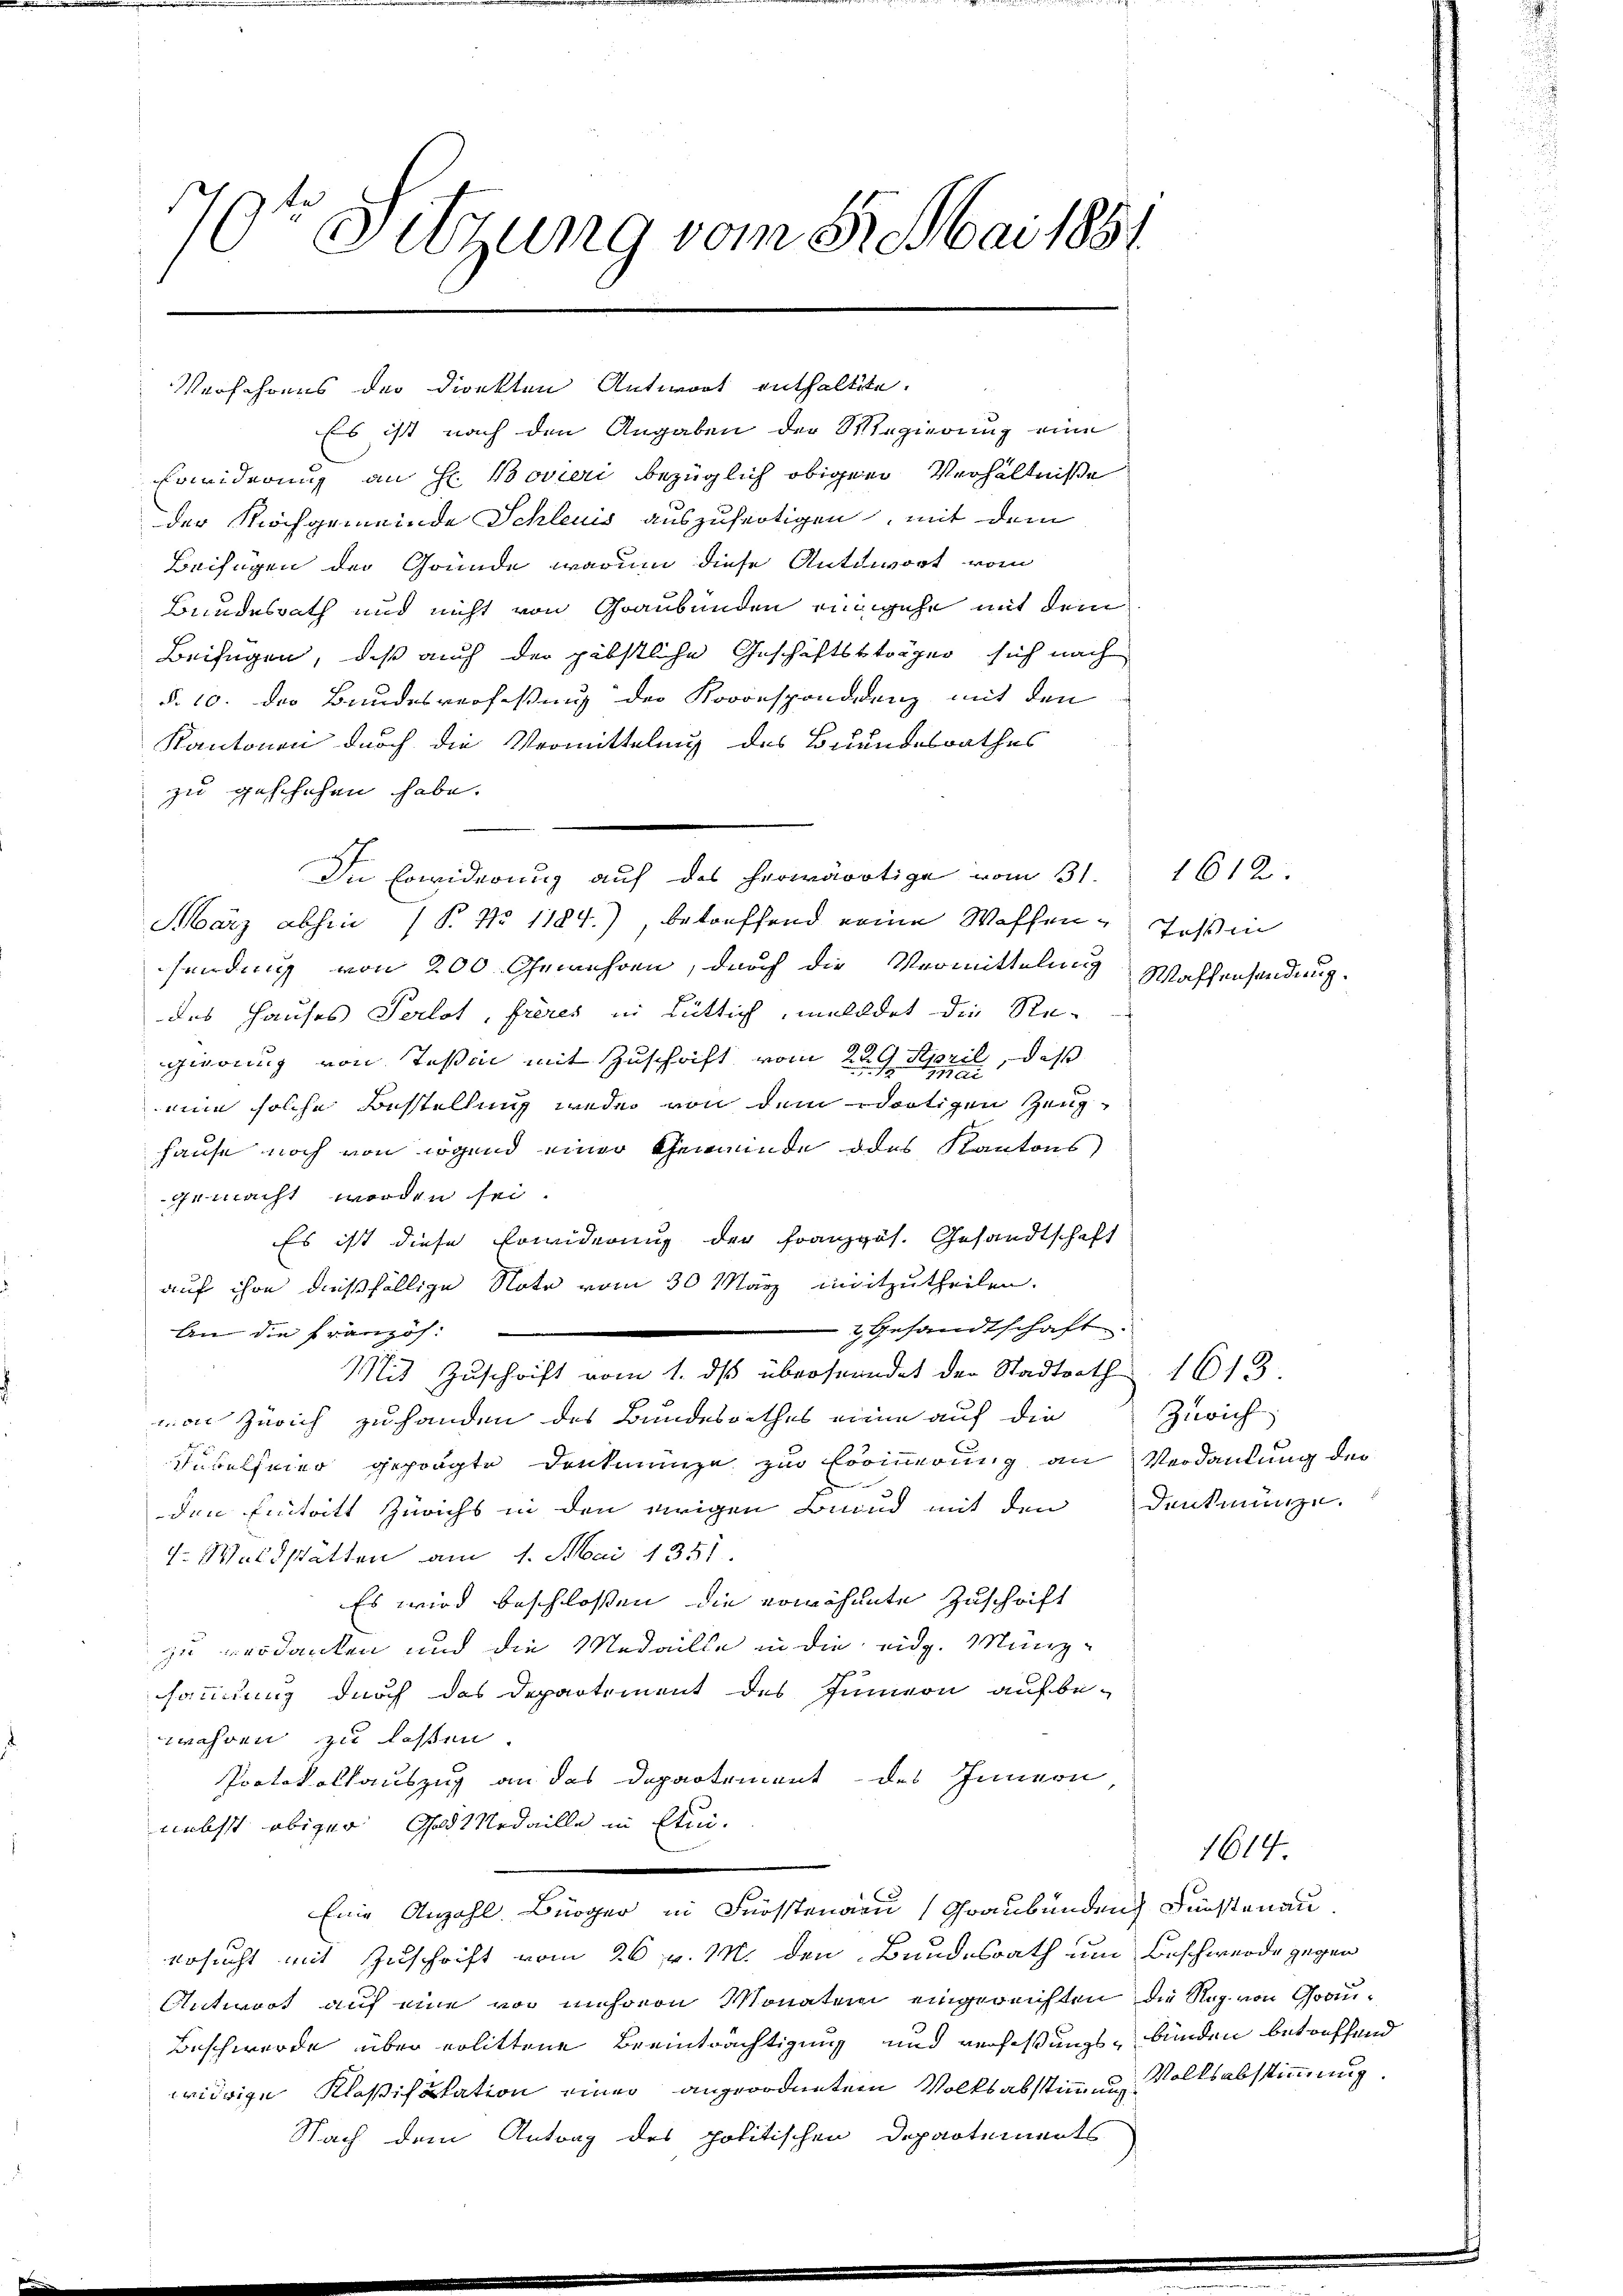
ai 1861
7r Sitzung vom 2.
Be
1

Verfahrens der Direkten Antwort enthaltete.
Es ist nach den Angaben der Regierung eine
Erwiderung an H. Bovieri bezüglich obiger Verhältniße
der Hochgemeinde Schleuis auszufertigen, mit dem
Beifügen der Gründe, warum diese Antwort vom
Bundesrath und nicht von Graubünden eingehe mit dem
Beifügen, daß auch der gibstliche Geschäftsträger sich nach
§. 10. des Bundesverfaßung der Korresponddenz mit den
Kantonen durch die Vermittelung des Bundesrathes
zu geschehen habe.
In Erwiderung auf das herwärtige vom 31.
März abhin 1 S. No 1184), betreffend eine Waffen, Teßin
sendung von 200 Gemehren, durch die Vermittelung Waffensendung.
des Hauses Perlot, frères in Lütlich, meldet die Re-
gierung von Teßin mit Zuschrift vom 29. April, daß
min solche Bestellung weder von dem dortigen Zeughause noch von irgend einer Gemeinde des Kantons
gemacht worden sei
Es ist diese Erwiderung der Französ. Gesandtschaft
auf ihre dießfällige Note vom 30 März mitzutheilen.
gGesandtschaft
An die Französ.
Mit Zŭschrift vom 1. dβ überstündet der Stadtrath 1613
von Zürich zu handen des Bundesrathes einen auf die
Jubelfeier geprägte Denkmünze zur Erinnerung an Verdankung der
den Eintritt Zürichs in den erigen Bund mit den Denkmünze
7. Waldstätten am 1. Mai 1351.
Es wird beschlossen, die erwähnete Zuschrift
zu verdanken und die Medaille in die eidg. Münzsammlung durch das Departement des Innern aufbe-
wahren zu laßen.
Protokollauszug an das Departement des Innern
nebst obiger Gold Medaille in Ein¬
Eine Anzahl Bürger in Frösstenau (Graubünden Fürstenau
ersucht mit Zuschrift vom 26. v. M. den Bundesrath um Beschwerde gegen
Antwort auf eine vor unseren Monaten eingereichten die Reg. von Grau¬
Beschwerde über erlittene Beeinträchtigung und verfaßungs- bünden betreffend
widrige Klassifikation einer angeordnetem Volksabstimmung
Nach dem Antrag des politischen Departements

1612.

Zürich

1614.

Volksabstimmung